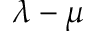
\lambda - \mu